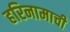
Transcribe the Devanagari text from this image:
हरिनामाची